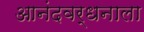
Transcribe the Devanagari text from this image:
आनंदवर्धनाला